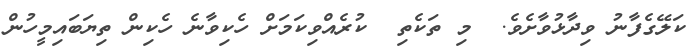
ކަލޭގެފާނު ވިދާޅުވާށެވެ.  މި ތަކެތި  ކުރެއްވިކަމަށް ހެކިވާނެ ހެކިން ތިޔަބައިމީހުން